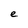
Character: e